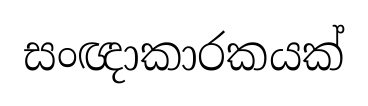
සංඥාකාරකයක්